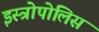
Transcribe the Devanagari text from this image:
इस्त्रोपोलिस